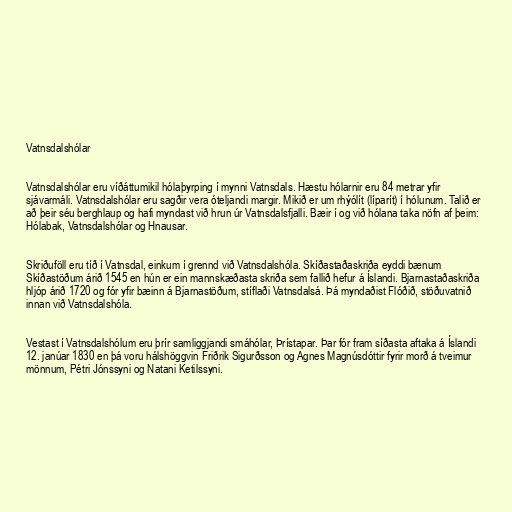
Vatnsdalshólar

Vatnsdalshólar eru víðáttumikil hólaþyrping í mynni Vatnsdals. Hæstu hólarnir eru 84 metrar yfir
sjávarmáli. Vatnsdalshólar eru sagðir vera óteljandi margir. Mikið er um rhýólít (líparít) í hólunum. Talið er
að þeir séu berghlaup og hafi myndast við hrun úr Vatnsdalsfjalli. Bæir í og við hólana taka nöfn af þeim:
Hólabak, Vatnsdalshólar og Hnausar.

Skriðuföll eru tíð í Vatnsdal, einkum í grennd við Vatnsdalshóla. Skíðastaðaskriða eyddi bænum
Skíðastöðum árið 1545 en hún er ein mannskæðasta skriða sem fallið hefur á Íslandi. Bjarnastaðaskriða
hljóp árið 1720 og fór yfir bæinn á Bjarnastöðum, stíflaði Vatnsdalsá. Þá myndaðist Flóðið, stöðuvatnið
innan við Vatnsdalshóla.

Vestast í Vatnsdalshólum eru þrír samliggjandi smáhólar, Þrístapar. Þar fór fram síðasta aftaka á Íslandi
12. janúar 1830 en þá voru hálshöggvin Friðrik Sigurðsson og Agnes Magnúsdóttir fyrir morð á tveimur
mönnum, Pétri Jónssyni og Natani Ketilssyni.